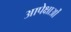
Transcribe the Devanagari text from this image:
आपेक्षाओं